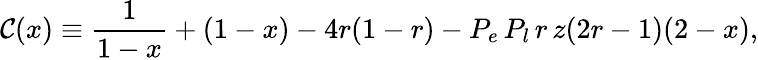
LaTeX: \mathcal{C}(x)\equiv\frac{{1}}{{1-x}}+(1-x)-4r(1-r)-P_{e}\, P_{l}\, r\, z(2r-1)(2-x),